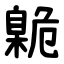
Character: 臲